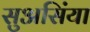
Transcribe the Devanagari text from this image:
सुअसिंया